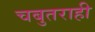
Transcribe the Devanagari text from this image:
चबुतराही